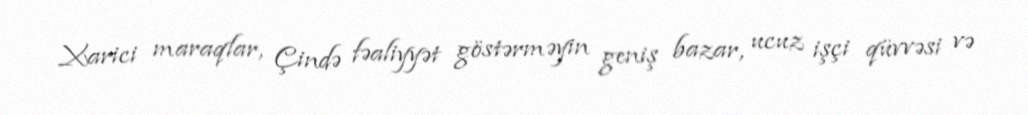
Xarici maraqlar, Çində fəaliyyət göstərməyin geniş bazar, ucuz işçi qüvvəsi və